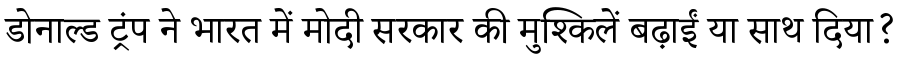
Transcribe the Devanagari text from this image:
डोनाल्ड ट्रंप ने भारत में मोदी सरकार की मुश्किलें बढ़ाईं या साथ दिया?